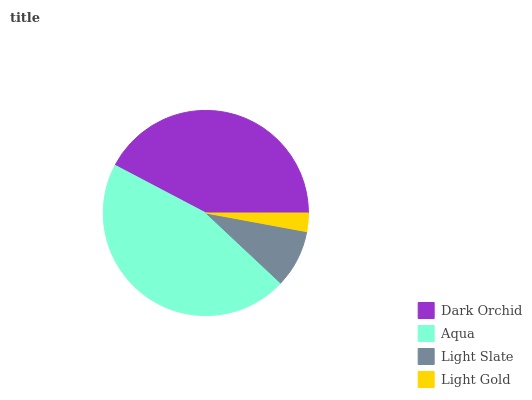
| Dark Orchid | Aqua | Light Slate | Light Gold |
 | --- | --- | --- | --- |
 | 42.3% | 45.7% | 9.07% | 2.91% |